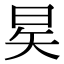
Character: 𪰖